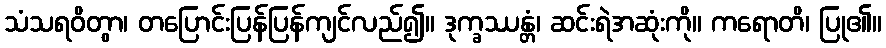
သံသရဝိတွာ၊ တပြောင်းပြန်ပြန်ကျင်လည်၍။ ဒုက္ခဿန္တံ၊ ဆင်းရဲအဆုံးကို။ ကရောတိ၊ ပြု၏။